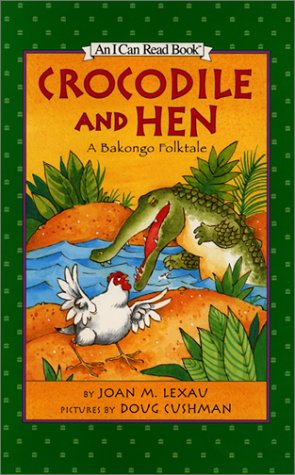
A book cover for Crocodile and Hen: A Bakongo Folktale (I Can Read Book 1); Joan M. Lexau; Children's Books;